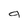
Character: 9